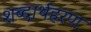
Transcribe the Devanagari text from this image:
शब्दार्थहरण